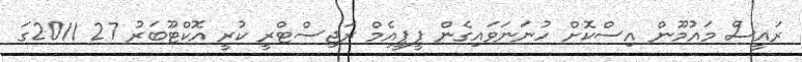
ރައީސް މައުމޫން އިސްކޮށް ހުނަނަވައިގެން ޕީޕީއެމް ރަޖިސްޓްރީ ކުރީ އޮކްޓޫބަރު 27 2011ގަ